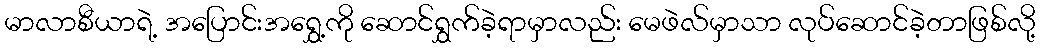
မာလာစီယာရဲ့ အပြောင်းအရွှေ့ကို ဆောင်ရွှက်ခဲ့ရာမှာလည်း မေဖဲလ်မှာသာ လုပ်ဆောင်ခဲ့တာဖြစ်လို့